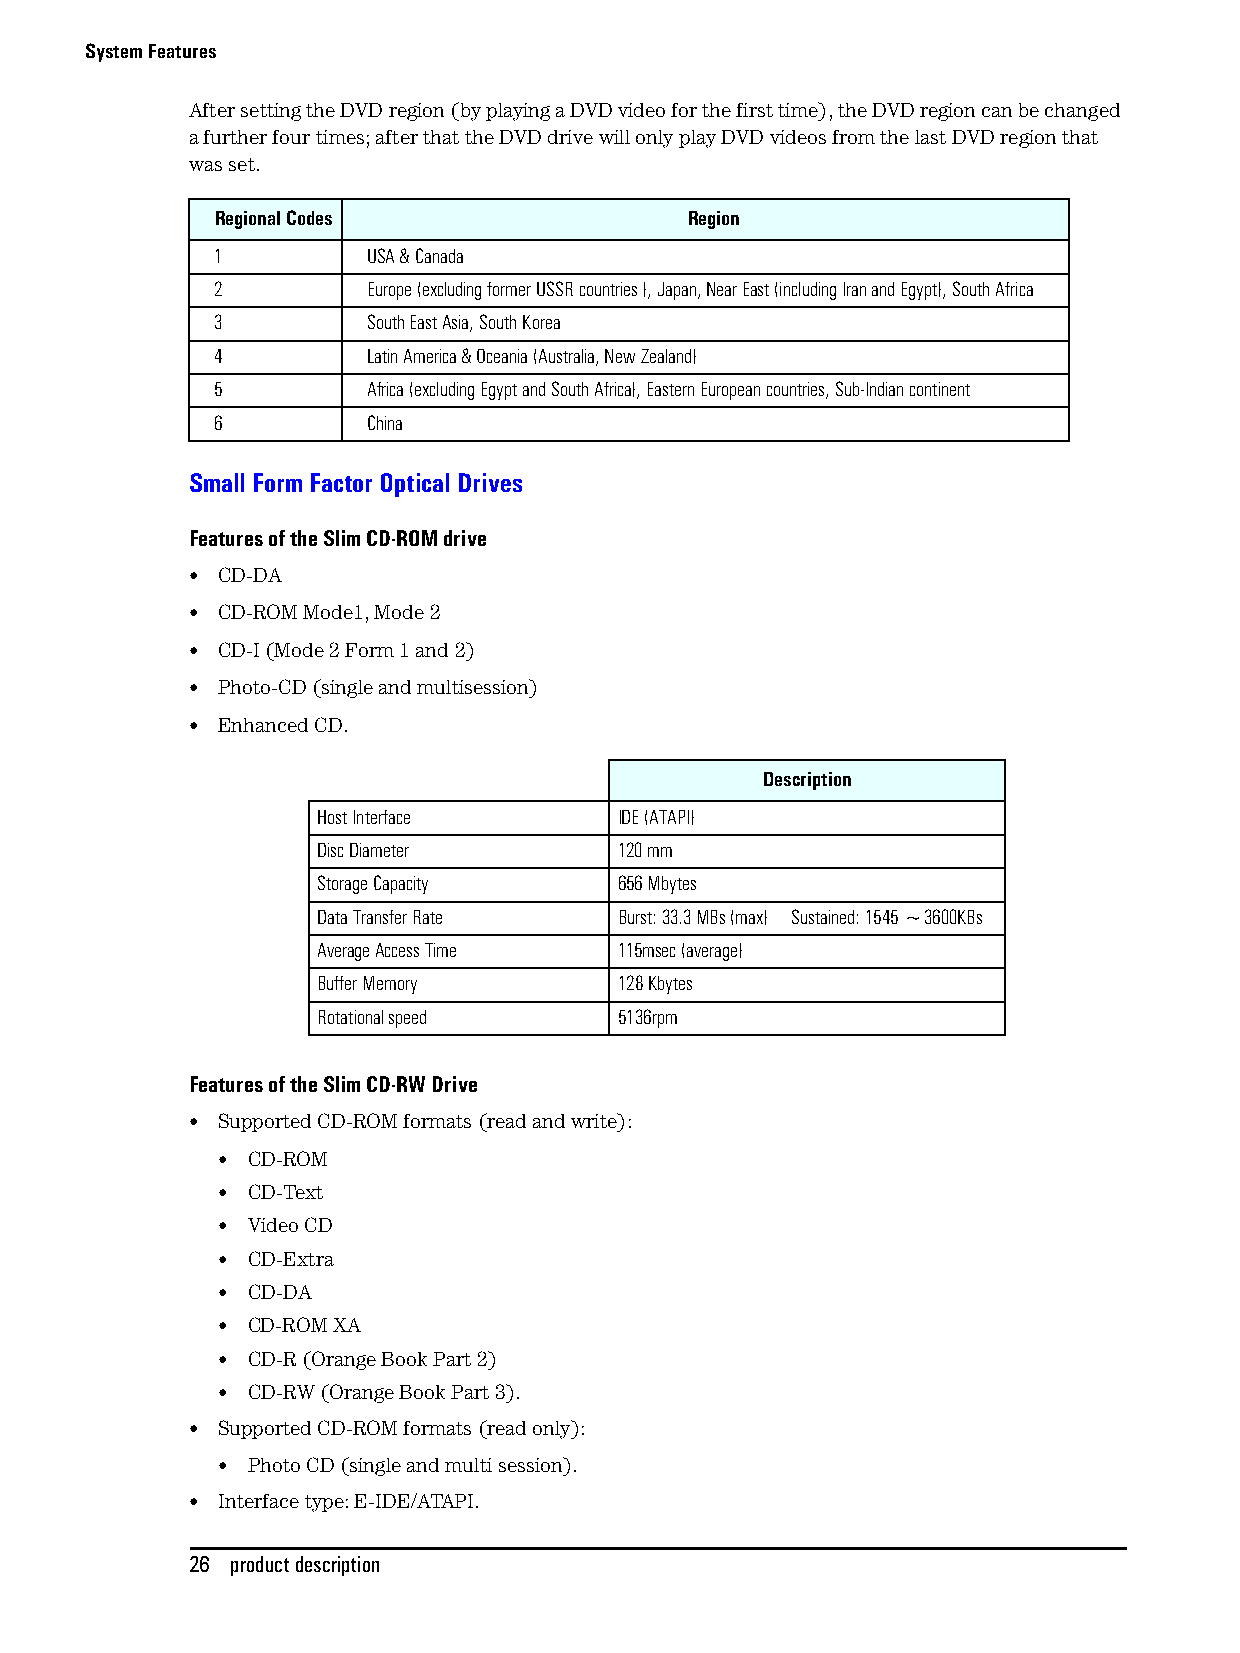
System Features
 After setting the DVD region (by playing a DVD video for the first time), the DVD region can be changed
 a further four times; after that the DVD drive will only play DVD videos from the last DVD region that
 was set.
 Regional Codes                  Region
 1         USA & Canada
 2         Europe (excluding former USSR countries ), Japan, Near East (including Iran and Egypt), South Africa
 3         South East Asia, South Korea
 4         Latin America & Oceania (Australia, New Zealand)
 5         Africa (excluding Egypt and South Africa), Eastern European countries, Sub-Indian continent
 6         China
 Small Form Factor Optical Drives
 Features of the Slim CD-ROM drive
 • CD-DA
 • CD-ROM Mode1, Mode 2
 • CD-I (Mode 2 Form 1 and 2)
 • Photo-CD (single and multisession)
 • Enhanced CD.
 Description
 Host Interface      IDE (ATAPI)
 Disc Diameter       120 mm
 Storage Capacity    656 Mbytes
 Data Transfer Rate  Burst: 33.3 MBs (max) Sustained: 1545 ~3600KBs
 Average Access Time 115msec (average)
 Buffer Memory       128 Kbytes
 Rotational speed    5136rpm
 Features of the Slim CD-RW Drive
 • Supported CD-ROM formats (read and write):
 • CD-ROM
 • CD-Text
 • Video CD
 • CD-Extra
 • CD-DA
 • CD-ROM XA
 • CD-R (Orange Book Part 2)
 • CD-RW (Orange Book Part 3).
 • Supported CD-ROM formats (read only):
 • Photo CD (single and multi session).
 • Interface type: E-IDE/ATAPI.
 26 product description